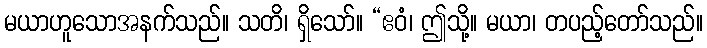
မယာဟူသောအနက်သည်။ သတိ၊ ရှိသော်။ “ဧဝံ၊ ဤသို့။ မယာ၊ တပည့်တော်သည်။